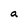
Character: a